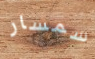
سمسار